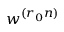
w ^ { ( r _ { 0 } n ) }